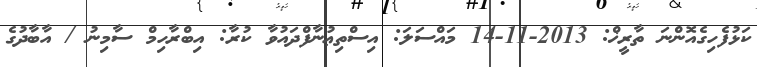
ކަޅުފެހިގެއޮންނަ ތާރީޚް: 2013-11-14 މައްސަލަ: އިސްތިޢުނާފްދައުވާ ކުރާ: އިބްރާހިމް ސާމިނު / އާބާދުގެ